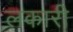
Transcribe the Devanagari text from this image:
लकारी